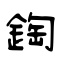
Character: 鋾